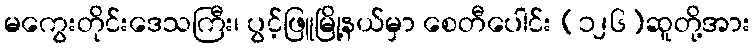
မကွေးတိုင်းဒေသကြီး၊ ပွင့်ဖြူမြို့နယ်မှာ စေတီပေါင်း (၁၂၆)ဆူတို့အား